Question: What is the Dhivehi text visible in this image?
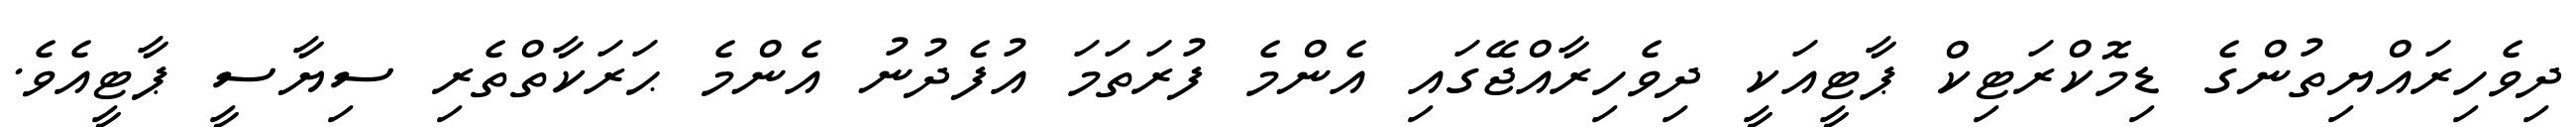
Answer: ދިވެހިރައްޔިތުންގެ ޑިމޮކްރަޓިކް ޕާޓީއަކީ ދިވެހިރާއްޖޭގައި އެންމެ ފުރަތަމަ އުފެދުނު އެންމެ ޙަރަކާތްތެރި ސިޔާސީ ޕާޓީއެވެ.